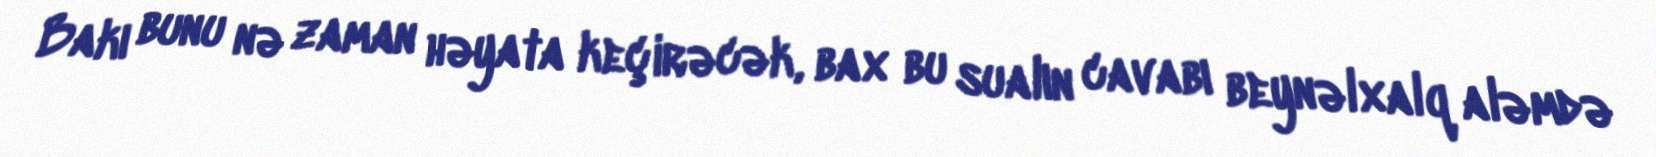
Bakı bunu nə zaman həyata keçirəcək, bax bu sualın cavabı beynəlxalq aləmdə